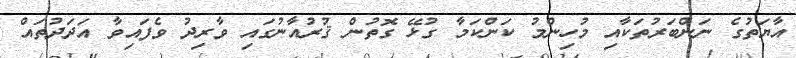
އާޔަތުގެ ނަންބަރުތަކާއި މުހިންމު ކަންކަމާ ގުޅޭ ގޮތުން ޤުރުއާނުގައި ވާރިދު ވެފައިވާ އަދަދުތައް